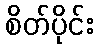
စိတ်ပိုင်း